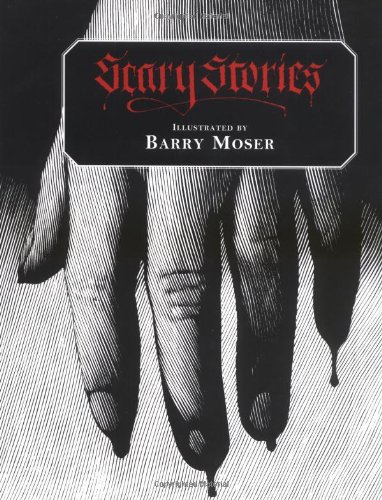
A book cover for Scary Stories; Teen & Young Adult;